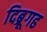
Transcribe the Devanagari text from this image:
दिब्रूगढ